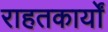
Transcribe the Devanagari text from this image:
राहतकार्यों